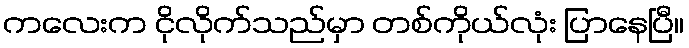
ကလေးက ငိုလိုက်သည်မှာ တစ်ကိုယ်လုံး ပြာနေပြီ။